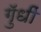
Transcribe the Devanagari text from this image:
गुॅधीं